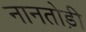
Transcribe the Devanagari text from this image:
नानतोड़ी